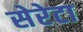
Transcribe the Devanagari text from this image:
सेरेटा